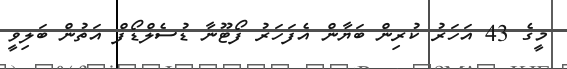
މީގެ 43 އަހަރު ކުރިން ބަޔާން އެފަހަރު ފޯޓޫނާ ޑުސެލްޑޯފް އަތުން ބަލިވީ